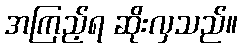
အကြည့်ရ ဆိုးလှသည်။